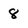
Character: 8